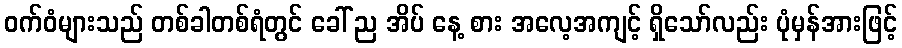
ဝက်ဝံများသည် တစ်ခါတစ်ရံတွင် ခေါ် ည အိပ် နေ့ စား အလေ့အကျင့် ရှိသော်လည်း ပုံမှန်အားဖြင့်